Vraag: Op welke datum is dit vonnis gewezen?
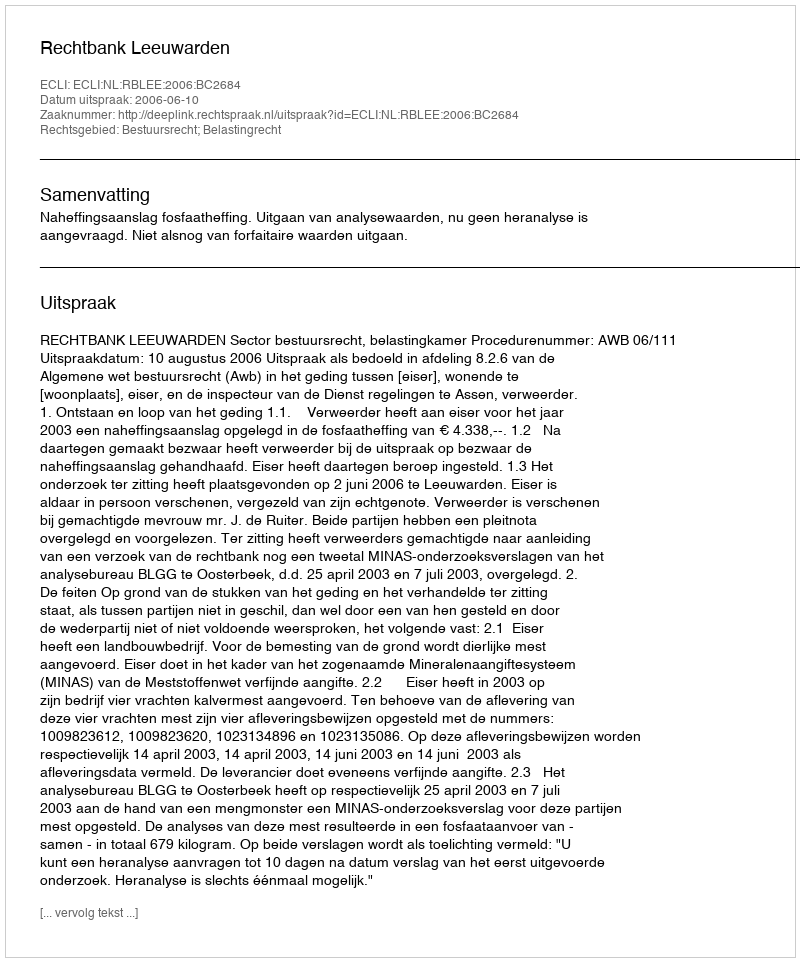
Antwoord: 2006-06-10